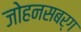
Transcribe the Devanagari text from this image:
जोहनसबर्ग